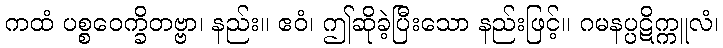
ကထံ ပစ္စဝေက္ခိတဗ္ဗာ၊ နည်း။ ဧဝံ၊ ဤဆိုခဲ့ပြီးသော နည်းဖြင့်။ ဂမနပ္ပဋိက္ကူလံ၊